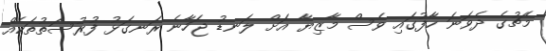
މެޗުގެ ދެވަނަ ހާފުގައި ވެސް މާޒިޔާ އަށް ލަނޑު ޖަހާނެ ރަނގަޅު ފުރުސަތުތަކެއް